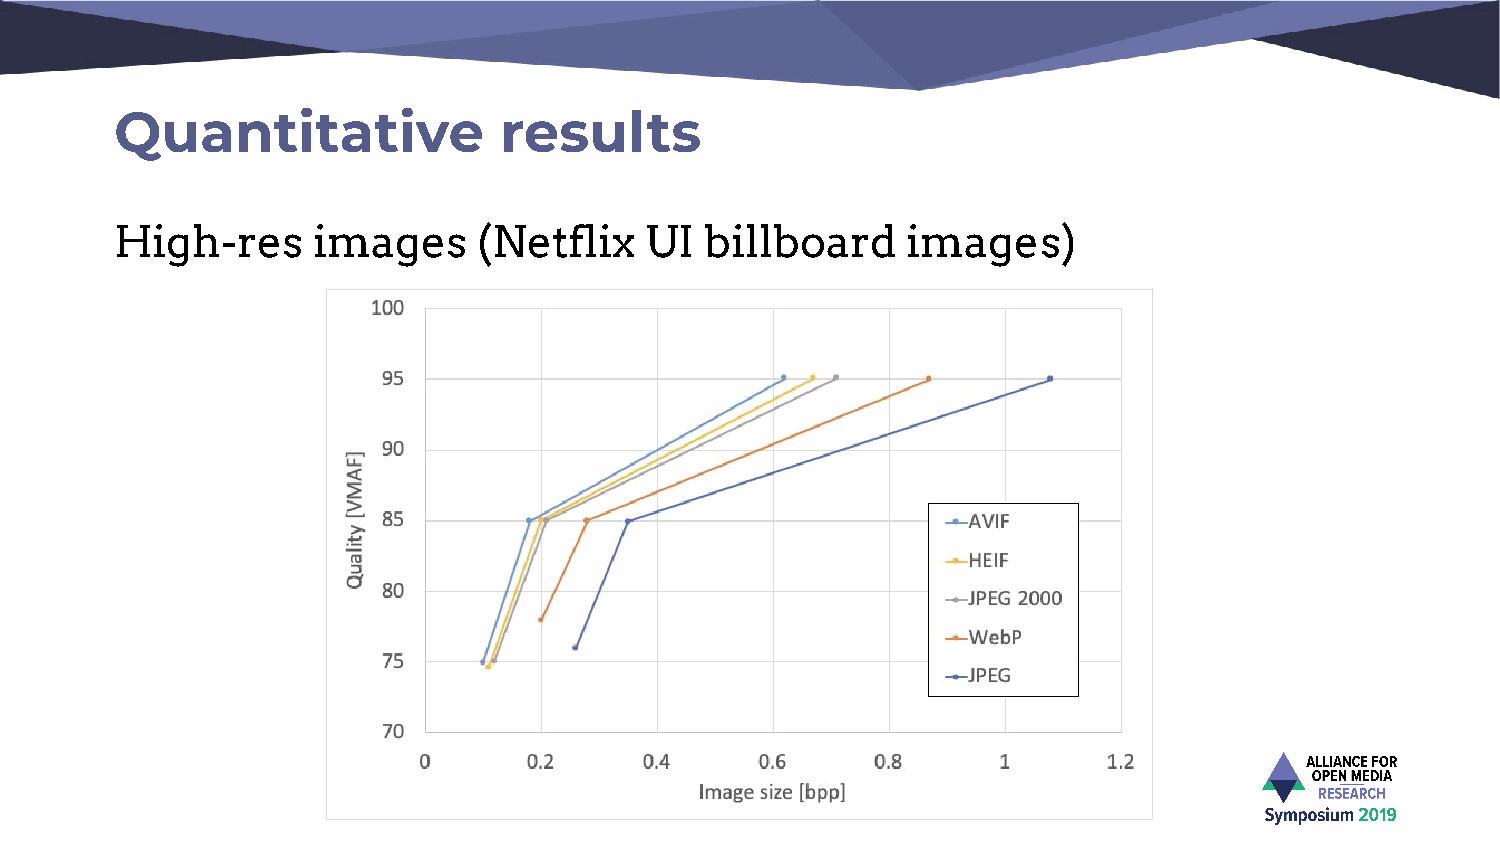
Quantitative             results
 High-res     images     (Netflix   UI  billboard    images)